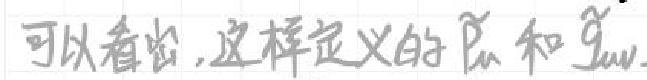
可以看出,这样定义的$\widetilde{P}_{n}$和$\widetilde{g}_{uv}$.